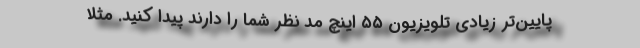
پایین‌تر زیادی تلویزیون ۵۵ اینچ مد نظر شما را دارند پیدا کنید. مثلا